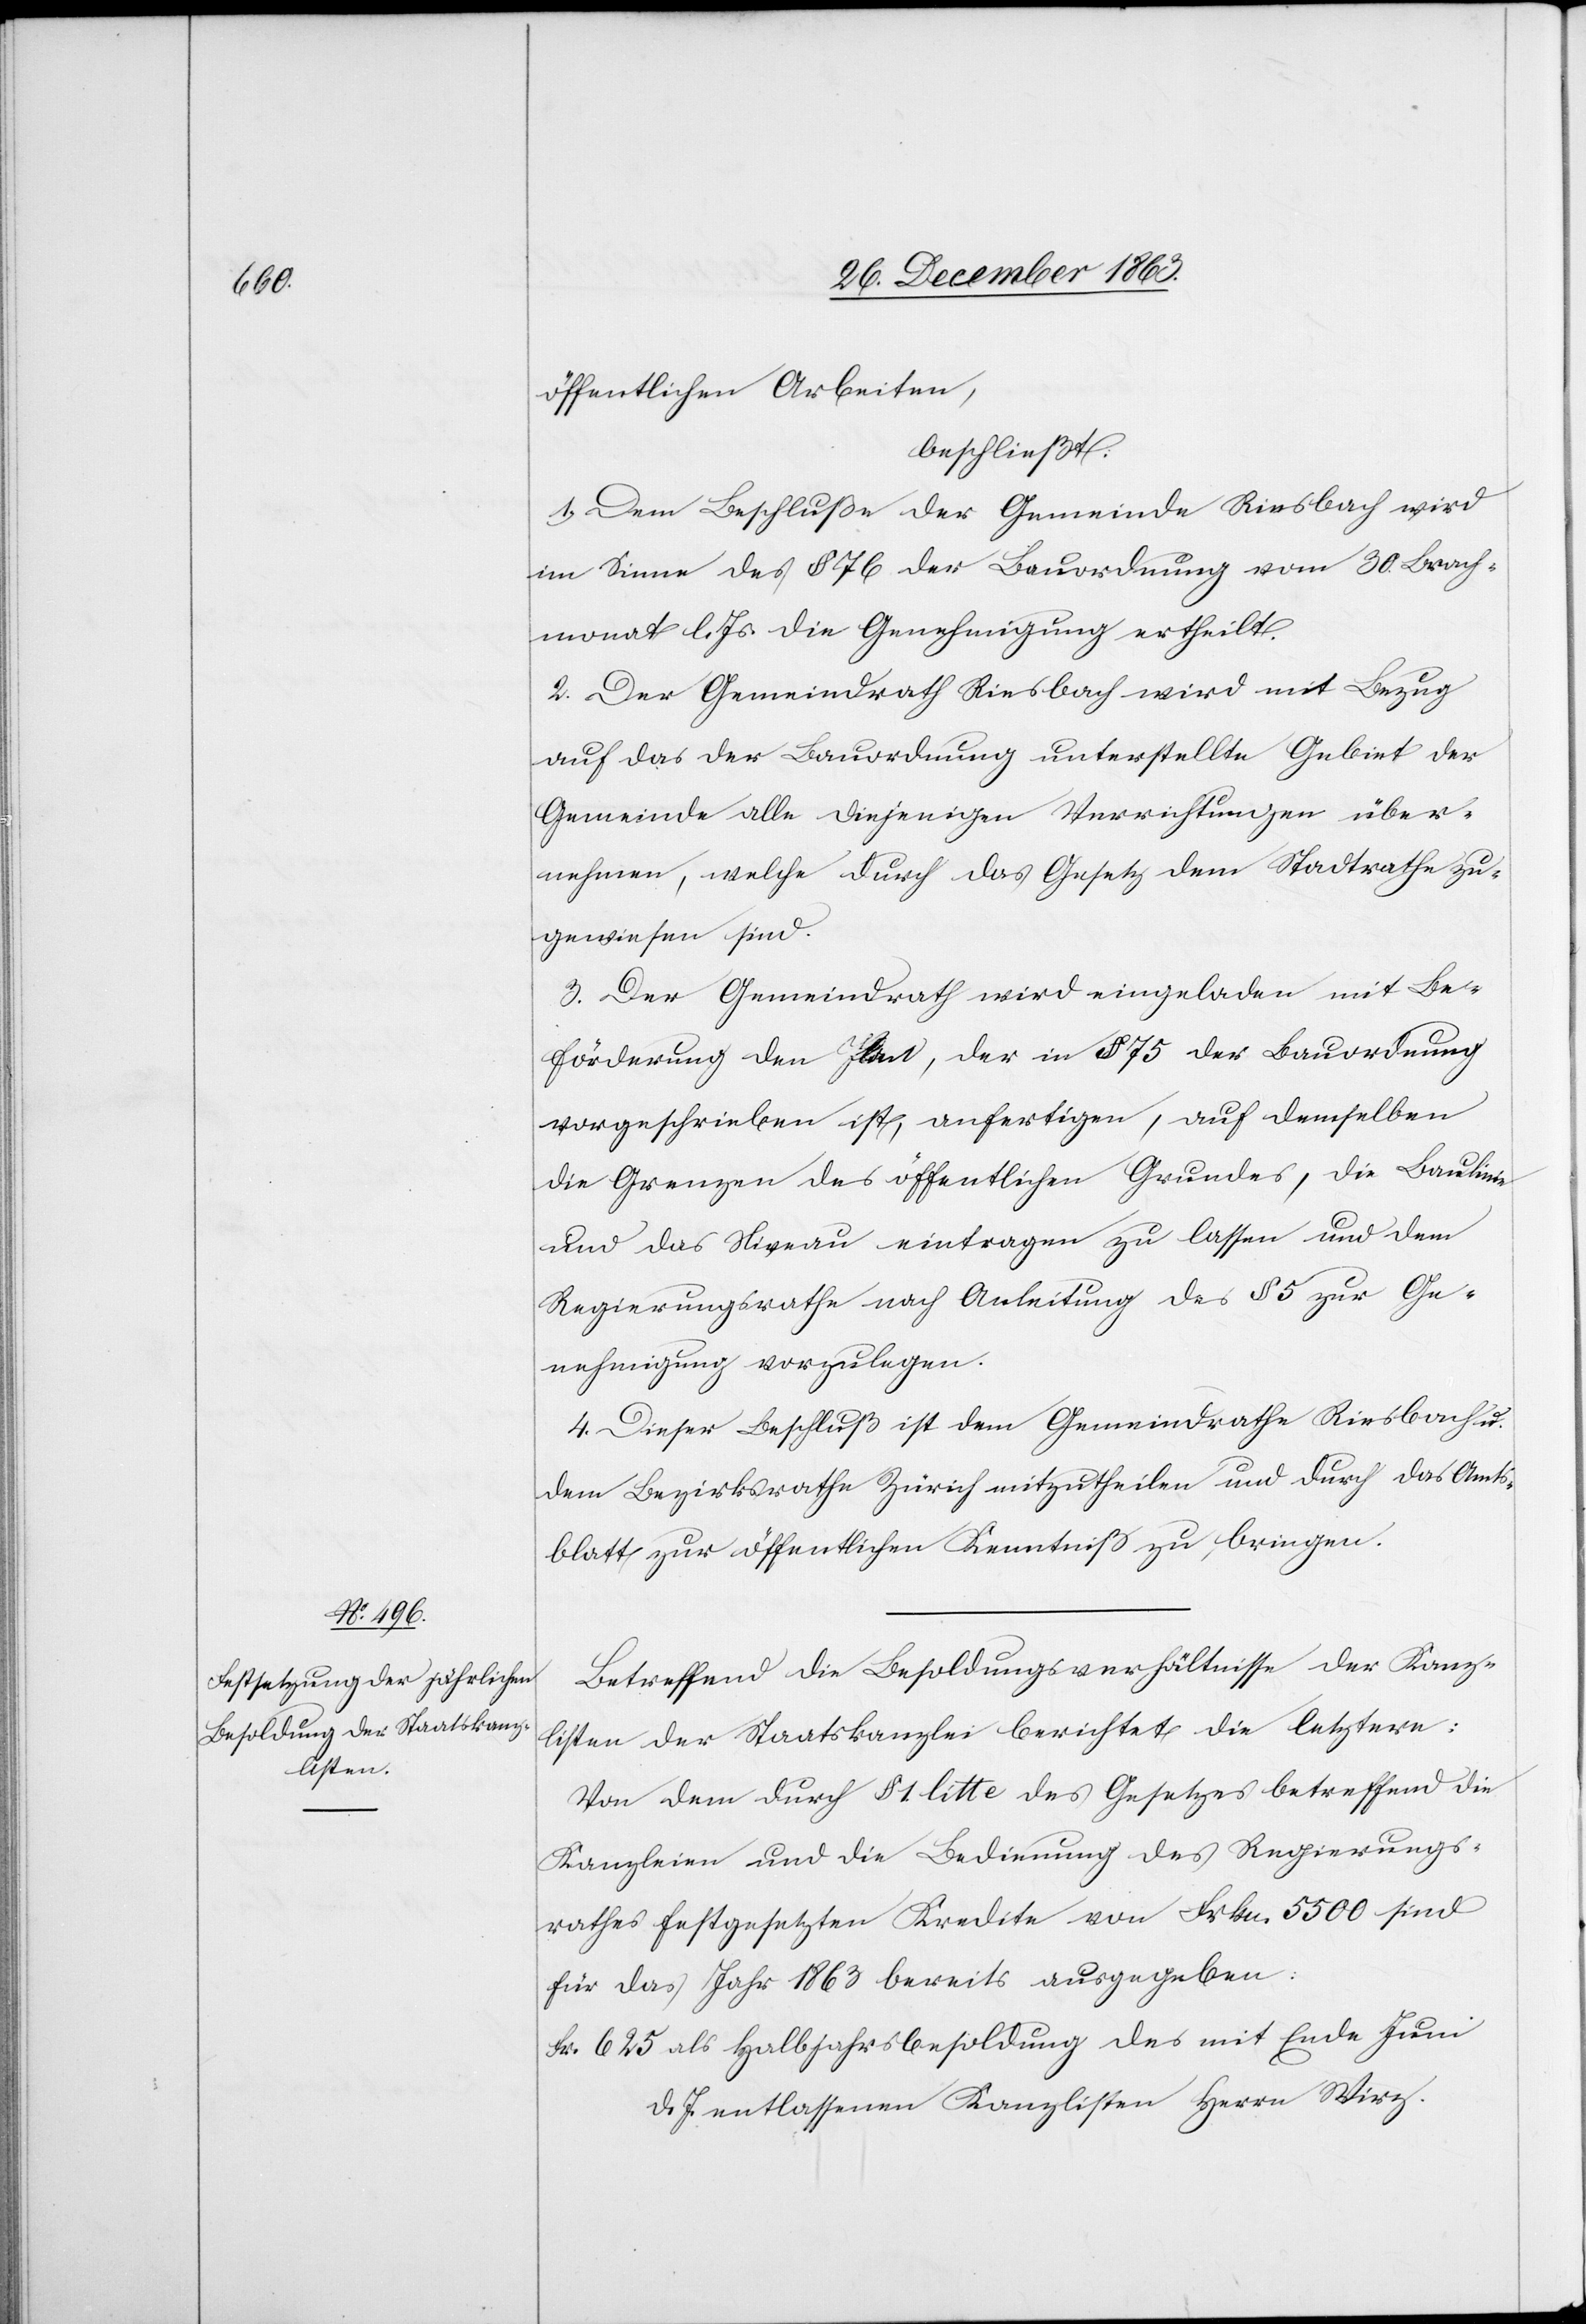
öffentlichen Arbeiten,
beschließt:
1. Dem Beschluße der Gemeinde Riesbach wird
im Sinne des § 76 der Bauordnung vom 30. Brach¬
monat l. Js. die Genehmigung ertheilt.
2. Der Gemeindrath Riesbach wird mit Bezug
auf das der Bauordnung unterstellte Gebiet der
Gemeinde alle diejenigen Verrichtungen über¬
nehmen, welche durch das Gesetz dem Stadtrathe zu¬
gewiesen sind.
3. Der Gemeindrath wird eingeladen mit Be¬
förderung den Plan, der in § 75 der Bauordnung
vorgeschrieben ist, anfertigen, auf demselben
die Grenzen des öffentlichen Grundes, die Baulinie
und das Niveau eintragen zu lassen und dem
Regierungsrathe nach Anleitung des § 5 zur Ge¬
nehmigung vorzulegen.
4. Dieser Beschluß ist dem Gemeindrathe Riesbach u.
dem Bezirksrathe Zürich mitzutheilen und durch das Amts¬
blatt zur öffentlichen Kenntniß zu bringen.
Betreffend die Besoldungsverhältnisse der Kanz¬
listen der Staatskanzlei berichtet die letztere:
Von dem durch § 1. litt e des Gesetzes betreffend die
Kanzleien und die Bedienung des Regierungs¬
rathes festgesetzten Kredite von Frkn. 5500 sind
für das Jahr 1863 bereits ausgegeben:
als Halbjahrsbesoldung des mit Ende Juni
d. Js. entlassenen Kanzlisten Herrn Wirz.